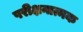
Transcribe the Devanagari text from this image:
परीक्षनात्मक